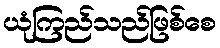
ယုံကြည်သည်ဖြစ်စေ